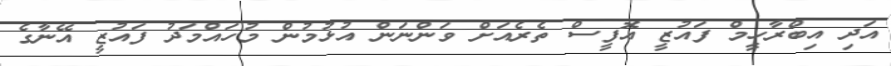
އަދި އިބްރާހީމް ފައުޒީ އޮފީސް ތެރެއަށް ވަންނަން އުޅުމުން މުހައްމަދު ފައުޒީ އޭނާގެ